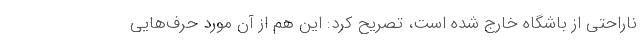
ناراحتی از باشگاه خارج شده است، تصریح کرد: این هم از آ‌ن مورد حرف‌هایی